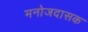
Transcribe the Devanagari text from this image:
मनोजदासक